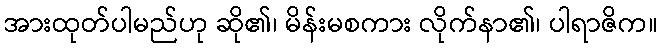
အားထုတ်ပါမည်ဟု ဆို၏၊ မိန်းမစကား လိုက်နာ၏၊ ပါရာဇိက။